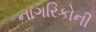
નાગરિકોની